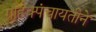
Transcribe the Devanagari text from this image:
ग्राहक्पंचायतीने